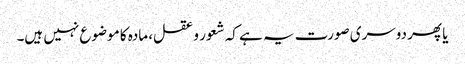
یا پھر دوسری صورت یہ ہے کہ شعور و عقل، مادہ کا موضوع نہیں ہیں۔